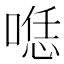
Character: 𱓶